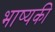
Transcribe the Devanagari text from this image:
भाष्यकी